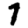
Digit: 1